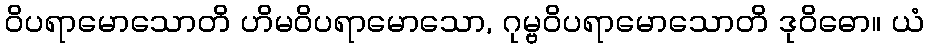
ဝိပရာမောသောတိ ဟိမဝိပရာမောသော, ဂုမ္ဗဝိပရာမောသောတိ ဒုဝိဓော။ ယံ